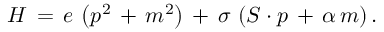
H \, = \, e \, \left( p ^ { 2 } \, + \, m ^ { 2 } \right) \, + \, \sigma \, \left( S \cdot p \, + \, \alpha \, m \right) .